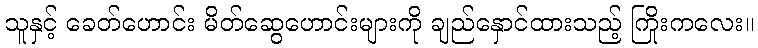
သူနှင့် ခေတ်ဟောင်း မိတ်ဆွေဟောင်းများကို ချည်နှောင်ထားသည့် ကြိုးကလေး။